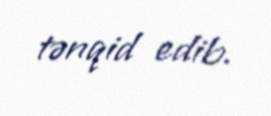
tənqid edib.